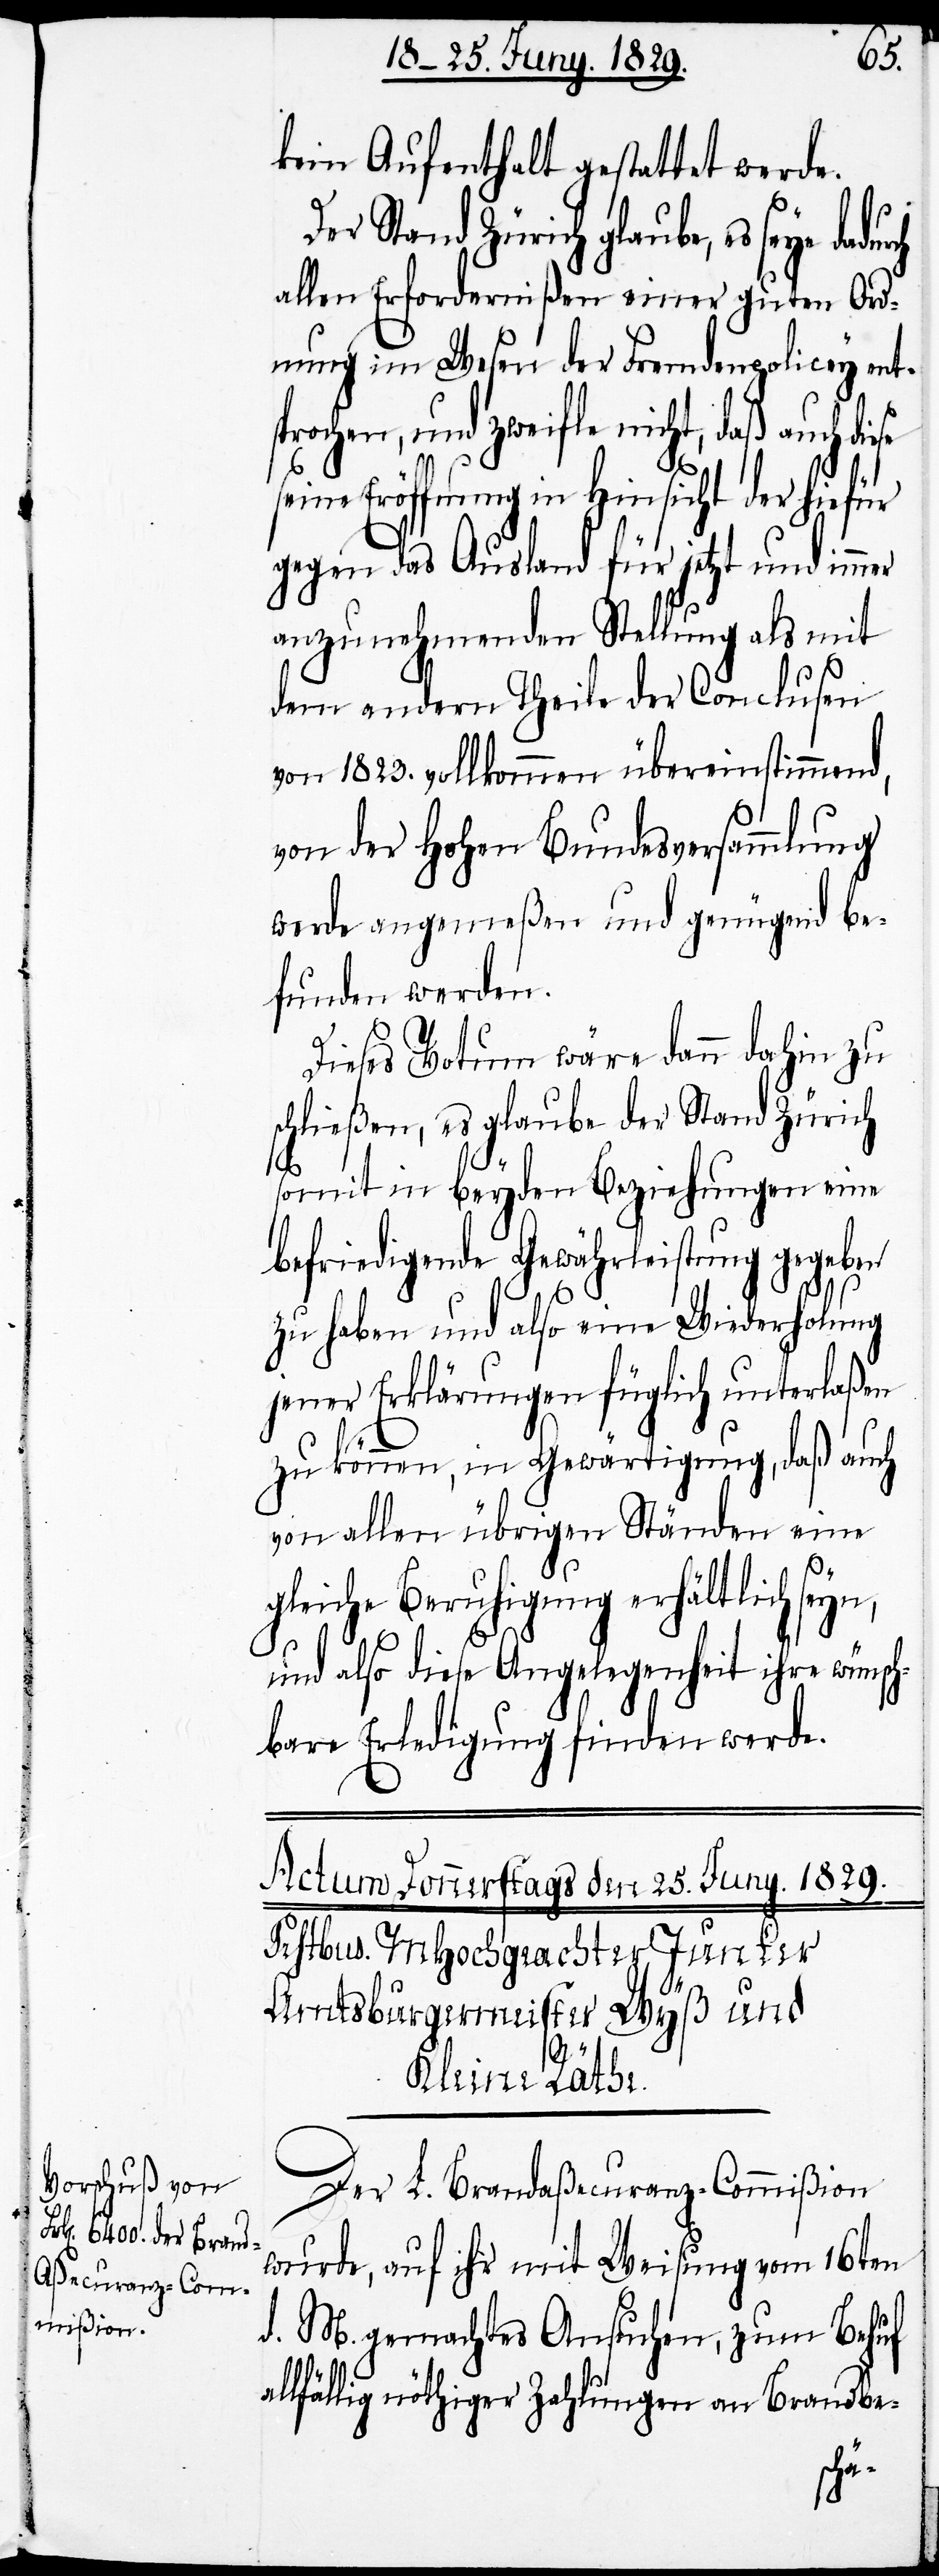
kein Aufenthalt gestattet werde.
Der Stand Zürich glaube, es seye
allen Erfordernißen einer guten Ord¬
nung im Wesen der Fremdenpolicey ent¬
sprochen, und zweifle nicht, daß auch die¬
seine Eröffnung in Hinsicht der hiefür
gegen das Ausland für jetzt und immer
anzunehmenden Stellung als mit
dem andern Theile der Conclusen
von 1823. vollkommen übereinstimmend,
von der Hohen Bundesversammlung
werde angemeßen und genügend be¬
funden werden.
Dieses Votum wäre dann dahin zu
schließen, es glaube der Stand Zürich
a¬
somit in beyden Beziehungen eine
befriedigende Gewährleistung gegeben
zu haben und also eine Wiederholung
jener Erklärungen füglich unterlaßen
zu können, in Gewärtigung, daß auch
von allen übrigen Ständen eine
se
gleiche Beruhigung erhältlich se¬
und also diese Angelegenheit ihre wünsch¬
bare Erledigung finden werde.
yn,
Der L. Brandaßecuranz-Commißion
wurde, auf ihr mit Weisung vom 16ten
d. M. gemachtes Ansuchen, zum Behuf
llfällig nöthiger Zahlungen an Brandbe-